Audit of school board accounts. Circular to auditors, 1910
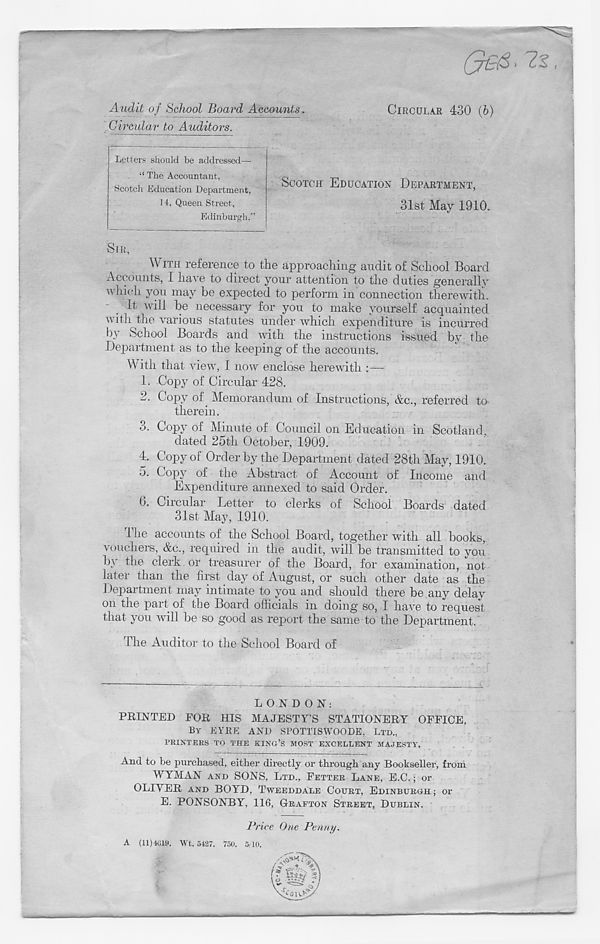
Audit of School Board Accounts.
Circular to Auditors.
CIRCULAR 430 (6)
SCOTCH EDUCATION DEPARTMENT,
31st May 1910.
SIR,
AV ITH reference to the approaching audit of School Board
Accounts, I have to direct your attention to the duties generally
which you may he expected to perform in connection therewith.
It will he necessary for you to make yourself acquainted
with the various statutes under which expenditure is incurred
by School Boards and with the instructions issued by the
Department as to the keeping of the accounts.
With that view, I now enclose herewith :—
1. Copy of Circular 428.
2. Copy of Memorandum of Instructions, Ac., referred to
therein.
3. Copy of Minute of Council on Education in Scotland,
dated 25th October, 1909.
4. Copy of Order by the Department dated 28th May, 1910.
5. Copy of the Abstract of Account of Income and
Expenditure annexed to said Order.
b. Circular Letter to clerks of School Boards dated
31st May, 1910.
The accounts of the School Board, together with all books,
vouchers, Ac., required in the audit, will be transmitted to you
b\ the clerk or treasurer of the Board, for examination, not
later than the first day of August, or such other date as the
Department may intimate to you and should there be any delay
on the part of the Board officials in doing so, I have to request
that you will be so good as report the same to the Department.
The Auditor to the School Board of
Letters should be addressed—•
“ The Accountant,
Scotch Education Department,
14, Queen Street,
Edinburgh.”
LONDON:
PRINTED FOR HIS MAJESTY’S STATIONERY OFFICE,
BY EYRE AND SPOTTISWOODE, LTD.,
PRINTERS TO THE KING’S MOST EXCELLENT MAJESTY.
And to be purchased, either directly or through any Bookseller, from
WYMAN AND SONS, LTD., FETTER LANE, E.C.; or
OLIVER AND BOYD, TWEEDDALE COURT, EDINBURGH ; or
E. PONSONBY. 116, GRAFTON STREET, DUBLIN.
Price One Penny.
A (11)4619. Wt. 5427. 750. 5/10.